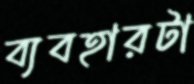
ব্যবহারটা